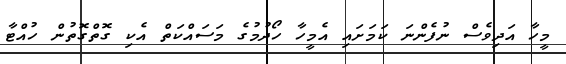
މީހާ އަދިވެސް ނުފެންނަ ކަމަށައި އެމީހާ ހޯދުމުގެ މަސައްކަތް އެކި ގޮތްގޮތުން ހުއްޓާ